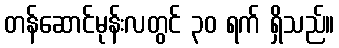
တန်ဆောင်မုန်းလတွင် ၃၀ ရက် ရှိသည်။